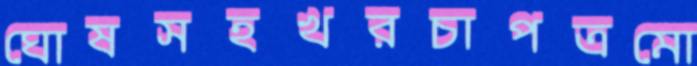
ঘোষসহখরচাপত্রমো